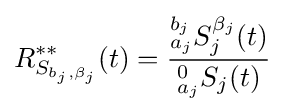
R_{S_{b_{j},\beta _{j}}}^{**}(t)={\frac {{^{b_{j}}_{a_{j}}}S_{j}^{\beta _{j}}(t)}{^{0}_{a_{j}}S_{j}(t)}}